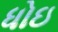
ધોઇ